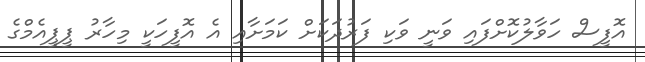
އޮފީސް ހަވާލުކޮށްފައި ވަނީ ވަކި ފަރުދަކަށް ކަމަށާއި އެ އޮފީހަކީ މިހާރު ޕީޕީއެމްގެ